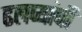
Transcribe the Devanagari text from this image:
ढलप्यांची